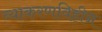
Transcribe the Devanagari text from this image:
व्याकरणविहीन